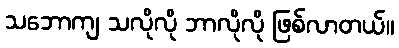
သဘောကျ သလိုလို ဘာလိုလို ဖြစ်လာတယ်။